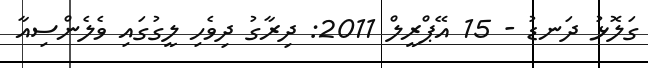
ގަލޮޅު ދަނޑު - 15 އޭޕްރީލް 2011: ދިރާގު ދިވެހި ލީގުގައި ވެލެންސިއާ